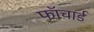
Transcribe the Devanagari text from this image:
फॉचार्ड